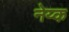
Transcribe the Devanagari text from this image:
नेय्क